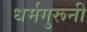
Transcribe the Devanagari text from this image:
धर्मगुरूनी